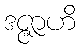
ဒဇ္ဇာဟိ